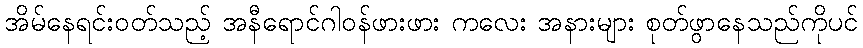
အိမ်နေရင်းဝတ်သည့် အနီရောင်ဂါဝန်ဖားဖား ကလေး အနားများ စုတ်ဖွာနေသည်ကိုပင်